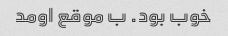
خوب بود. ب موقع اومد